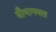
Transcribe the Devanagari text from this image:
सौभागमल